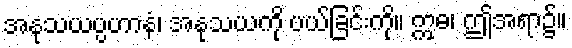
အနုသယပ္ပဟာနံ၊ အနုသယကို ပယ်ခြင်းကို။ ဣဓ၊ ဤအရာ၌။